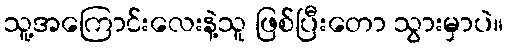
သူ့အကြောင်းလေးနဲ့သူ ဖြစ်ပြီးတော သွားမှာပဲ။